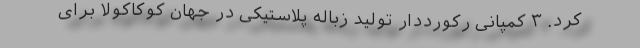
کرد. ۳ کمپانی رکورددارِ تولید زباله پلاستیکی در جهان کوکاکولا برای